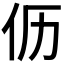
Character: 𮯸